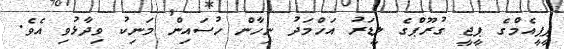
ޕީޕީއެމްގެ ޕީޖީ ގުރޫޕްގެ ލީޑަރު އަހްމަދު ނިހާން ހުސައިން މަނިކު ވިދާޅުވި އެވެ.